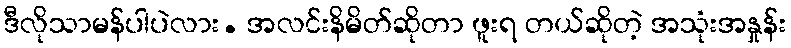
ဒီလိုသာမန်ပါပဲလား. အလင်းနိမိတ်ဆိုတာ ဖူးရ တယ်ဆိုတဲ့ အသုံးအနှုန်း